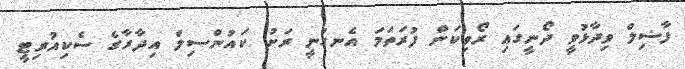
ފާޟިލް ވިދާޅުވީ ދޯނީގައި ރޯވިކަން ފުރަތަމަ އެނގުނީ ރަށު ކައުންސިލް އިދާރާގެ ސެކިއުރިޓީ